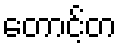
တောင့်တ